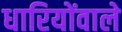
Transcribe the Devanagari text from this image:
धारियोंवाले